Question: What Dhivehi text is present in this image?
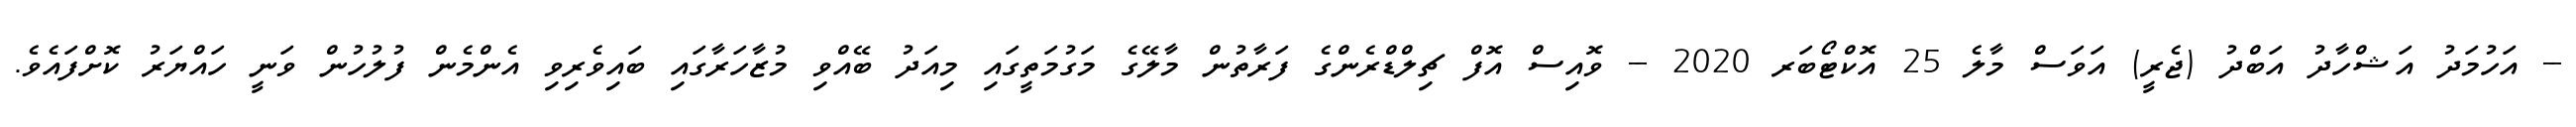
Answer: -- އަހުމަދު އަޝްހާދު އަބްދު (ޖެރީ) އަވަސް މާލެ 25 އޮކްޓޯބަރ 2020 -- ވޮއިސް އޮފް ޗިލްޑްރެންގެ ފަރާތުން މާލޭގެ މަގުމަތީގައި މިއަދު ބޭއްވި މުޒާހަރާގައި ބައިވެރިވި އެންމެން ފުލުހުން ވަނީ ހައްޔަރު ކޮށްފައެވެ.